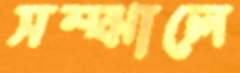
সম্‌ঝালে